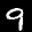
Label: 9